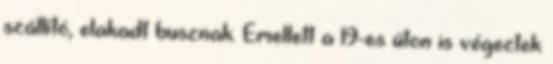
szállító, elakadt busznak. Emellett a 19-es úton is végeztek